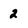
Character: 2